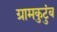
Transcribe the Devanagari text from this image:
ग्रामकुटुंब